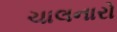
ચાલનારો